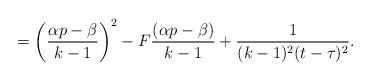
LaTeX: \begin{align*} = \left( \frac{\alpha p - \beta}{k-1} \right)^2 - F\frac{(\alpha p - \beta)}{k-1} + \frac{1}{(k-1)^2(t-\tau)^2}. \end{align*}